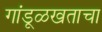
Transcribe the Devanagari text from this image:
गांडूळखताचा